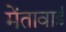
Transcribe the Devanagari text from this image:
मेंतावाई